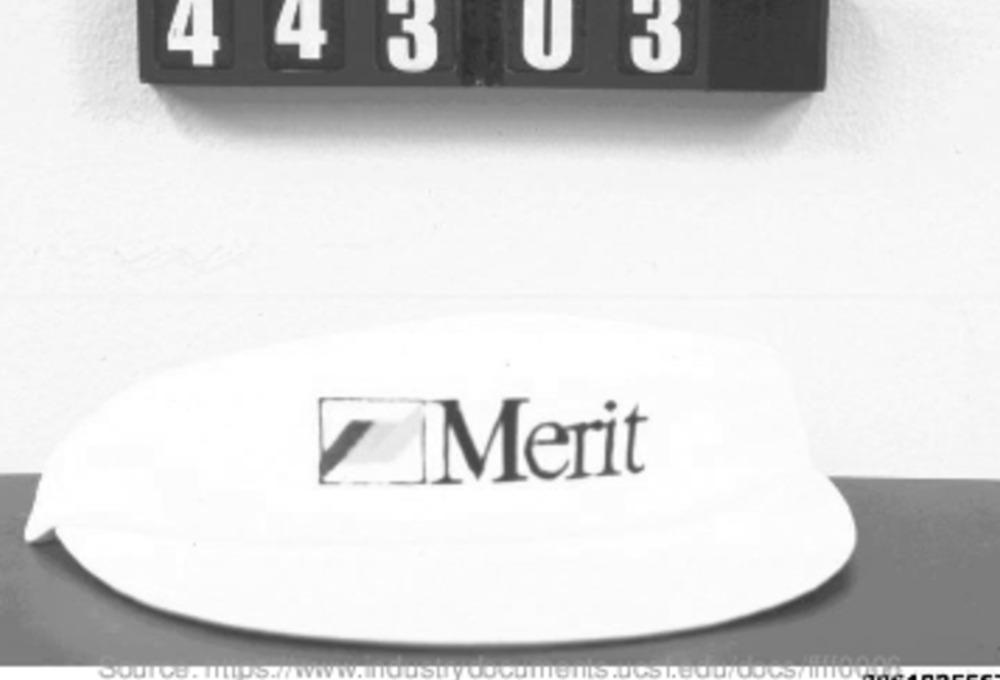
4
4
3
U
5
Merit